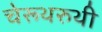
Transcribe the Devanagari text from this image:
चेरूथरुथी